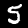
Digit: 5